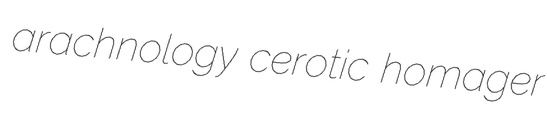
arachnology cerotic homager